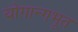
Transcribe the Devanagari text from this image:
योगान्गभूत